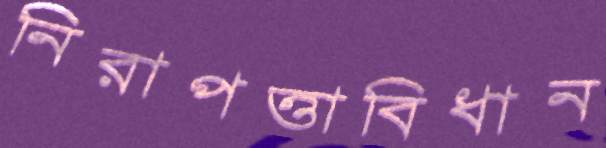
নিরাপত্তাবিধান